Indian journal of veterinary science and animal husbandry - Volumes 15-17, 1948-1951
Year: 1948
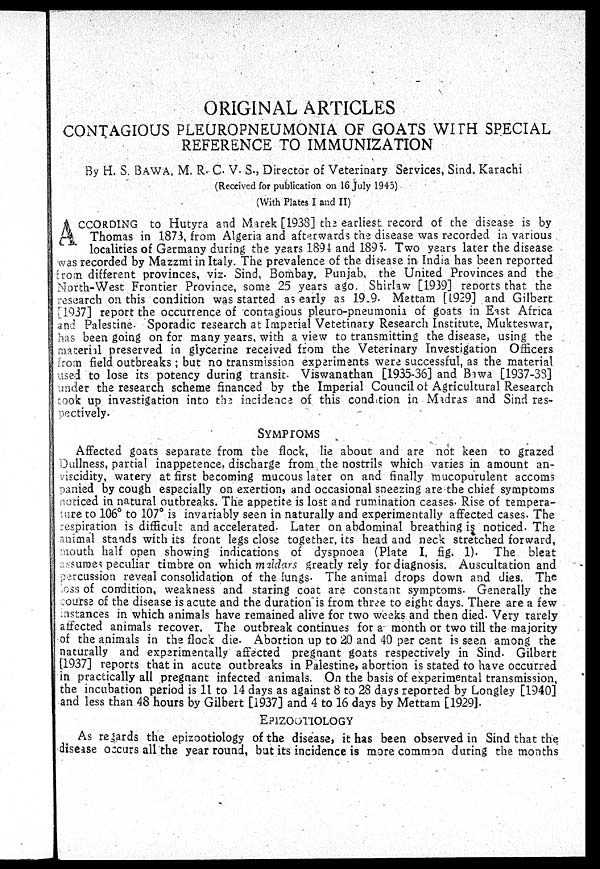
ORIGINAL ARTICLES
CONTAGIOUS PLEUROPNEUMONIA OF GOATS WITH SPECIAL
REFERENCE TO IMMUNIZATION
By H. S. BAWA, M. R. C. V. S., Director of Veterinary Services, Sind, Karachi
(Received for publication on 16 July 1945)
(With Plates I and II)
ACCORDING to Hutyra and Marek [1938] the earliest record of the disease is by
Thomas in 1873, from Algeria and afterwards the disease was recorded in various
localities of Germany during the years 1894 and 1895. Two years later the disease
was recorded by Mazzmi in Italy. The prevalence of the disease in India has been reported
from different provinces, viz. Sind, Bombay, Punjab, the United Provinces and the
North-West Frontier Province, some 25 years ago. Shirlaw [1939] reports that the
research on this condition was started as early as 19.9. Mettam [1929] and Gilbert
[1937] report the occurrence of contagious pleuro-pneumonia of goats in East Africa
and Palestine. Sporadic research at Imperial Vetetinary Research Institute, Mukteswar,
has been going on for many years, with a view to transmitting the disease, using the
material preserved in glycerine received from the Veterinary Investigation Officers
from field outbreaks; but no transmission experiments were successful, as the material
used to lose its potency during transit. Viswanathan [1935-36] and Bawa [1937-38]
under the research scheme financed by the Imperial Council of Agricultural Research
took up investigation into the incidence of this condition in Madras and Sind res-
pectively.
SYMPTOMS
Affected goats separate from the flock, lie about and are not keen to grazed
Dullness, partial inappetence, discharge from the nostrils which varies in amount an-
viscidity, watery at first becoming mucous later on and finally mucopurulent accoms
panied by cough especially on exertion, and occasional sneezing are the chief symptoms
noticed in natural outbreaks. The appetite is lost and rumination ceases. Rise of tempera-
ture to 106º to 107º is invariably seen in naturally and experimentally affected cases. The
respiration is difficult and accelerated. Later on abdominal breathing is noticed. The
animal stands with its front legs close together, its head and neck stretched forward,
mouth half open showing indications of dyspnoea (Plate I, fig. 1). The bleat
assumes peculiar timbre on which mzidars greatly rely for diagnosis. Auscultation and
percussion reveal consolidation of the lungs. The animal drops down and dies. The
loss of condition, weakness and staring coat are constant symptoms. Generally the
course of the disease is acute and the duration is from three to eight days. There are a few
instances in which animals have remained alive for two weeks and then died. Very rarely
affected animals recover. The outbreak continues for a month or two till the majority
of the animals in the flock die. Abortion up to 20 and 40 per cent is seen among the
naturally and experimentally affected pregnant goats respectively in Sind. Gilbert
[1937] reports that in acute outbreaks in Palestine, abortion is stated to have occurred
in practically all pregnant infected animals. On the basis of experimental transmission,
the incubation period is 11 to 14 days as against 8 to 28 days reported by Longley [1940]
and less than 48 hours by Gilbert [1937] and 4 to 16 days by Mettam [1929].
EPIZOOTIOLOGY
As regards the epizootiology of the disease, it has been observed in Sind that the
disease occurs all the year round, but its incidence is more common during the months